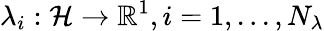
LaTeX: \lambda_{i}:\mathcal{H}\rightarrow\mathbb{R}^{1},i=1,...,N_{\lambda}